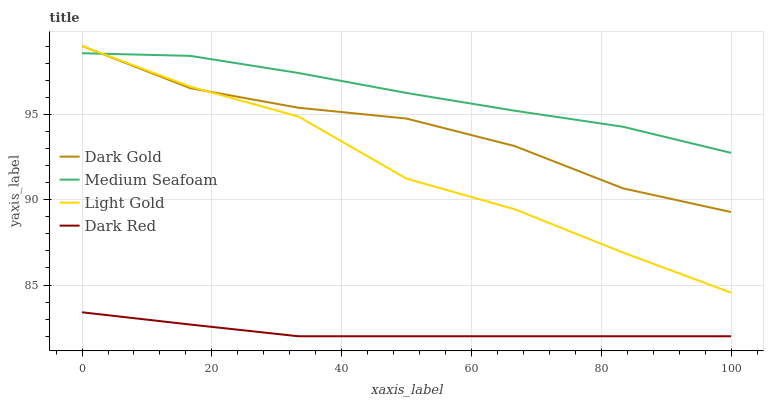
| xaxis_label | Dark Gold | Medium Seafoam | Light Gold | Dark Red |
 | --- | --- | --- | --- | --- |
 | 0 | 99 | 98.6 | 99 | 83.4 |
 | 16.7 | 96.5 | 98.4 | 96.6 | 82.7 |
 | 33.3 | 95.4 | 97.4 | 94.9 | 82 |
 | 50 | 94.7 | 96.2 | 91.2 | 82 |
 | 66.7 | 93.1 | 95.2 | 89.4 | 82 |
 | 83.3 | 90.7 | 94.3 | 86.9 | 82 |
 | 100 | 89.3 | 92.7 | 84.6 | 82 |